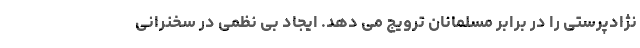
نژادپرستی را در برابر مسلمانان ترویج می دهد. ایجاد بی نظمی در سخنرانی